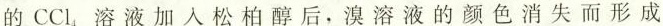
的CCl_{4}溶液加入松柏醇后，溴溶液的颜色消失而形成